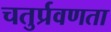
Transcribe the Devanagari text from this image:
चतुर्प्रवणता